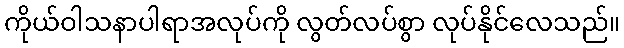
ကိုယ်ဝါသနာပါရာအလုပ်ကို လွတ်လပ်စွာ လုပ်နိုင်လေသည်။